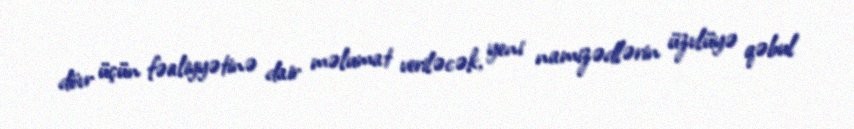
dövr üçün fəaliyyətinə dair məlumat veriləcək, yeni namizədlərin üzvlüyə qəbul